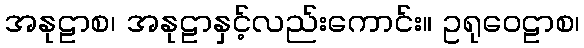
အနုဠာစ၊ အနုဠာနှင့်လည်းကောင်း။ ဥရုဝေဠာစ၊